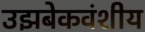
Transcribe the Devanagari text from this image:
उझबेकवंशीय